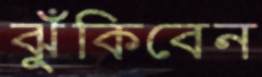
ঝুঁকিবেন